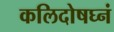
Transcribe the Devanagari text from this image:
कलिदोषघ्नं